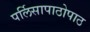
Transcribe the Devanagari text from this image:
पर्लिसापाठोपाठ